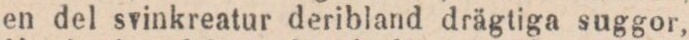
en del svinkreatur deribland drägtiga suggor,